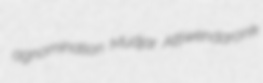
agnomination Mudjar Attiwendaronk